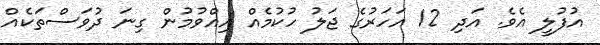
އުފުލީ އެވެ. އަދި 12 އަހަރުގެ ޖަލު ހުކުމެއް އިއްވުމުން ގިނަ ދުވަސްތަކެއް